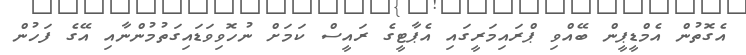
އެގޮތުން އެމްޑީޕީން ބޭއްވި ޕްރައިމަރީގައި އެޕާޓީގެ ރައީސް ކަމަށް ނުހޮވިވަޑައިގަތުމުންނާއި އޭގެ ފަހުން